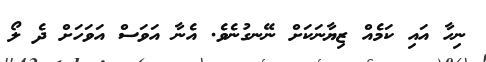
ނިހާ އައި ކަމެއް ޒިޔާނަކަށް ނޭނގުނެވެ. އެނާ އަވަސް އަވަހަށް ދެ ލޯ